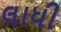
લાધી